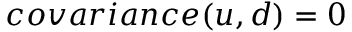
c o v a r i a n c e ( u , d ) = 0